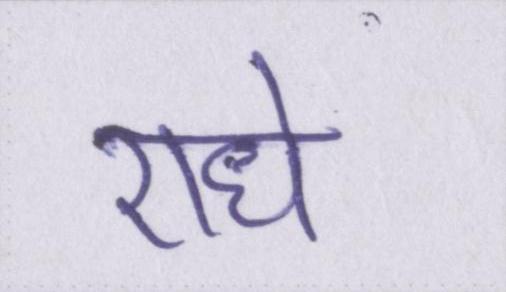
राधे